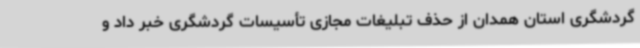
گردشگری استان همدان از حذف تبلیغات مجازی تأسیسات گردشگری خبر داد و